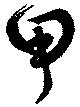
甲